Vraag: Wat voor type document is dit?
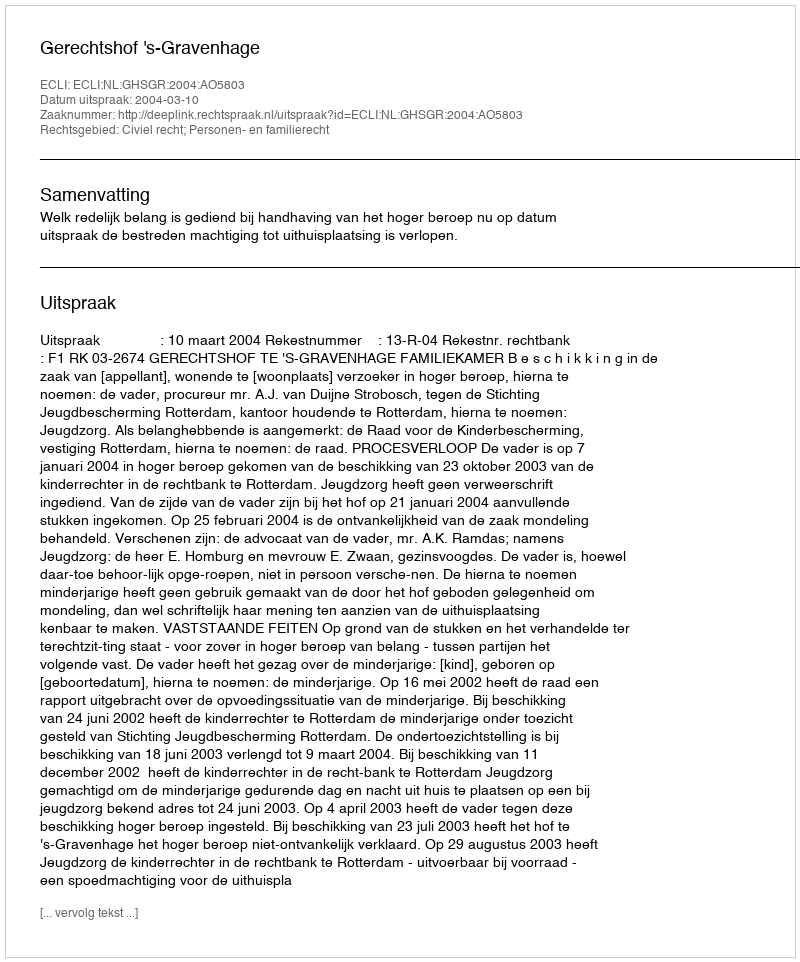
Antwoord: Uitspraak